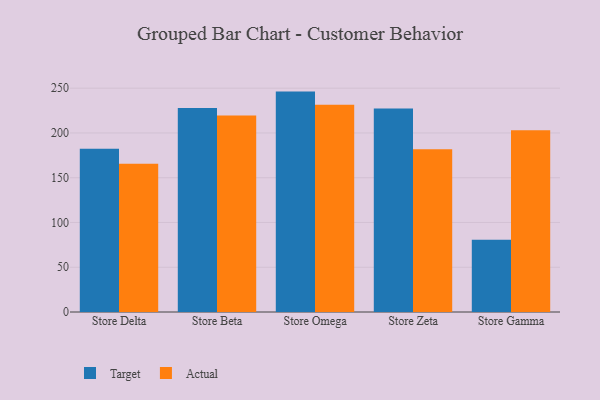
{"axis": {"x": "Store", "y": "Website Visitors"}, "legend": ["Actual", "Target"], "data": [{"x": "Store Delta", "y": 182.4, "type": "Target"}, {"x": "Store Delta", "y": 165.6, "type": "Actual"}, {"x": "Store Beta", "y": 227.9, "type": "Target"}, {"x": "Store Beta", "y": 219.6, "type": "Actual"}, {"x": "Store Omega", "y": 246.2, "type": "Target"}, {"x": "Store Omega", "y": 231.6, "type": "Actual"}, {"x": "Store Zeta", "y": 227.3, "type": "Target"}, {"x": "Store Zeta", "y": 181.9, "type": "Actual"}, {"x": "Store Gamma", "y": 80.6, "type": "Target"}, {"x": "Store Gamma", "y": 203.0, "type": "Actual"}]}